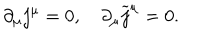
LaTeX: \partial _ { \mu } j ^ { \mu } = 0 , \quad \partial _ { \mu } \widetilde { j } ^ { \mu } = 0 .